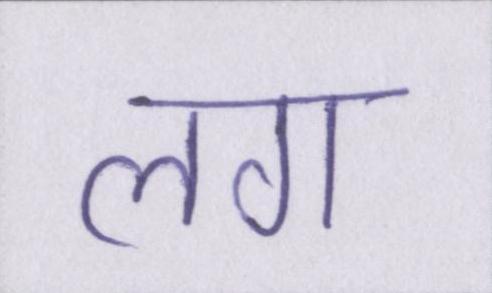
लग